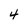
Character: 4